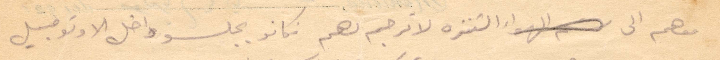
معهم الى التنزه لاترجم لهم فكانوا يجلسو داخل الاوتومبيل